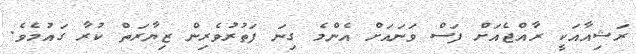
ރަޝިއާއަކީ ރާއްޖެއަށް ފަސް ވަނައަށް އެންމެ ގިނަ ފަތުރުވެރިން ޒިޔާރަތް ކުރާ ގައުމެވެ.